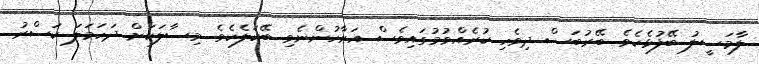
ލާމަސީލު ބޭފުޅެކެވެ. ބޭރުބަސް ދިވެހި ކުރެއްވުމުގައިވެސް އަރާހުންނެވި ބޭކަލެކެވެ. މިސާލަކަށް ދަހަމަލަ ކަސްރު